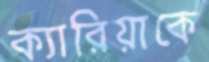
ক্যারিয়াকে